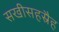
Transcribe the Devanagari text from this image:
सखीसहस्रैह